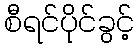
စီရင်ပိုင်ခွင့်